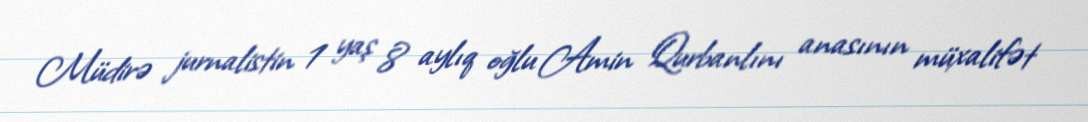
Müdirə jurnalistin 1 yaş 8 aylıq oğlu Amin Qurbanlını anasının müxalifət